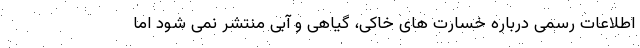
اطلاعات رسمی درباره خسارت های خاکی، گیاهی و آبی منتشر نمی شود اما